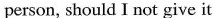
person,should I not give it